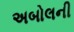
અબોલની